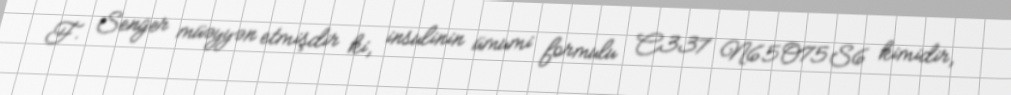
F. Senger müəyyən etmişdir ki, insulinin ümumi formulu C337 N65O75S6 kimidir,